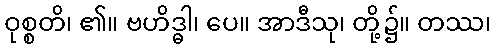
ဝုစ္စတိ၊ ၏။ ဗဟိဒ္ဓါ၊ ပေ။ အာဒီသု၊ တို့၌။ တဿ၊